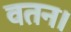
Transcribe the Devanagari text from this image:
वतन।